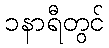
၁နာရီတွင်